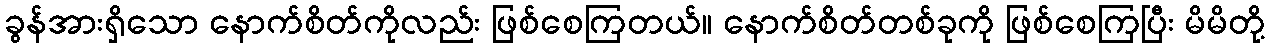
ခွန်အားရှိသော နောက်စိတ်ကိုလည်း ဖြစ်စေကြတယ်။ နောက်စိတ်တစ်ခုကို ဖြစ်စေကြပြီး မိမိတို့